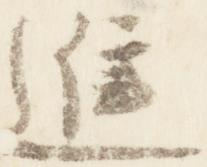
進